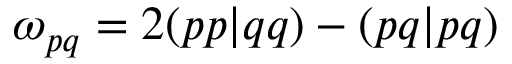
\omega _ { p q } = 2 ( p p | q q ) - ( p q | p q )